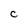
Character: C